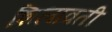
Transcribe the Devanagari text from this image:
शिलावती